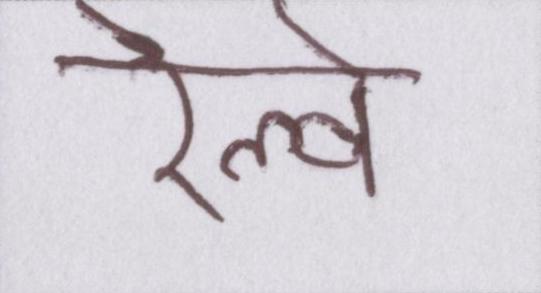
रेल्वे